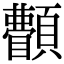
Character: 𩕫